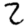
Digit: 2